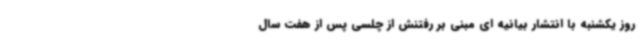
روز یکشنبه با انتشار بیانیه ای مبنی بر رفتنش از چلسی پس از هفت سال